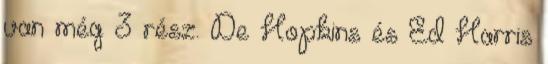
van még 3 rész. De Hopkins és Ed Harris